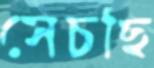
সেচছি